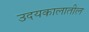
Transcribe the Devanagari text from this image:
उदयकालातील